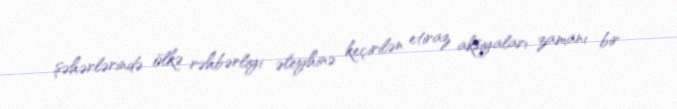
şəhərlərində ölkə rəhbərliyi əleyhinə keçirilən etiraz aksiyaları zamanı bir